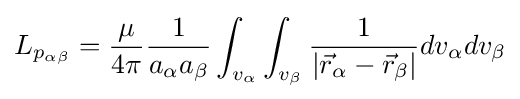
L_{p_{\alpha \beta }}={\frac {\mu }{4\pi }}{\frac {1}{a_{\alpha }a_{\beta }}}\int _{v_{\alpha }}\int _{v_{\beta }}{\frac {1}{|{\vec {r}}_{\alpha }-{\vec {r}}_{\beta }|}}dv_{\alpha }dv_{\beta }